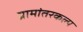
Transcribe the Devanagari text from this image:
ग्रामांतरकल्प